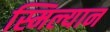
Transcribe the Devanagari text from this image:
स्मिल्यान